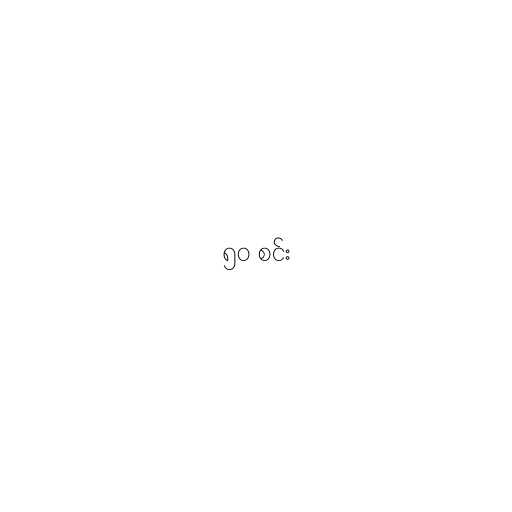
၅၀ စင်း